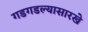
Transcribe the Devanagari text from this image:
गडगडल्यासारखे